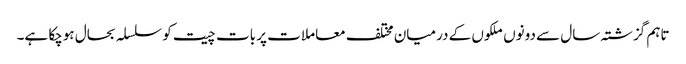
تاہم گزشتہ سال سے دونوں ملکوں کے درمیان مختلف معاملات پر بات چیت کو سلسلہ بحال ہوچکا ہے۔